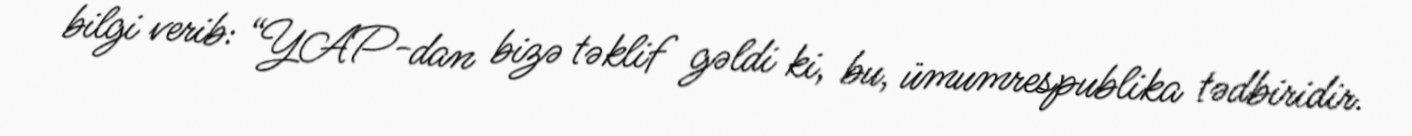
bilgi verib: “YAP-dan bizə təklif gəldi ki, bu, ümumrespublika tədbiridir.